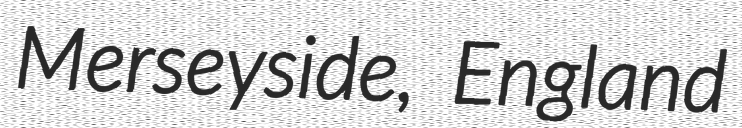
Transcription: Merseyside, England